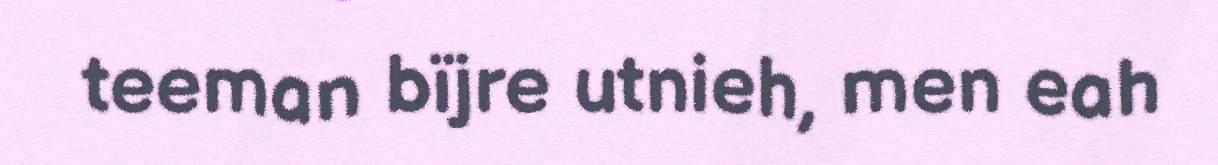
teeman bïjre utnieh, men eah